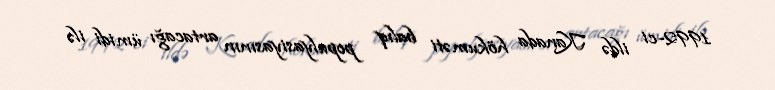
1992-ci ildə Kanada hökuməti balıq populyasiyasının artacağı ümidi ilə